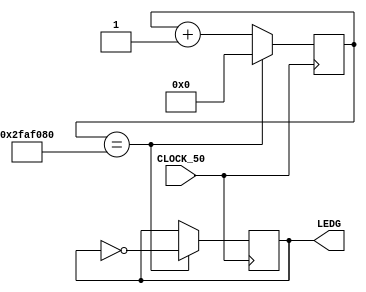
/*UNIVERSIDADE FEDERAL DA FRONTEIRA SUL
 PROFESSOR: EMILIO WUERGES
 ALUNO: FELIPE AUGUSTO DA SILVA
 EMAIL: felipeaugustosilva94@gmail.com
 DESENVOLVIDO NO AMBIENTE LINUX */

/*TRABALHO 2 - APLICAO DO TRABALHO 1 NA PLACA DE FPGA*/

module contador(
	input CLOCK_50,
	output [0:0] LEDG);

	reg light = 0;
	reg [25:0] count;
	assign LEDG = light;

	always @(posedge CLOCK_50) begin
		if(count == 50000000) begin
			light <= ~light;
			count <= 0;
		end else begin
			count <= count+1;
		end
	end
endmodule

module teste;
	reg CLOCK_50;
	reg KEY;
	wire light;

	always #1 CLOCK_50 <= ~CLOCK_50;

  contador C(CLOCK_50, light);

	initial begin
	$dumpvars(0, C);
	#0
	KEY <= 1;
	CLOCK_50 <= 0;
	#1
	KEY <= 0;
	#5000
	$finish;
	end
endmodule